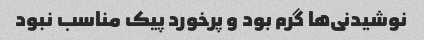
نوشیدنی‌ها گرم بود و پرخورد پیک مناسب نبود